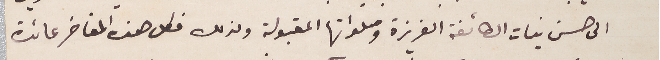
الى حسن نيات الطائفة العزيزة وصلواتها المقبولة ولذلك فكل هذه المفاخر عائدة